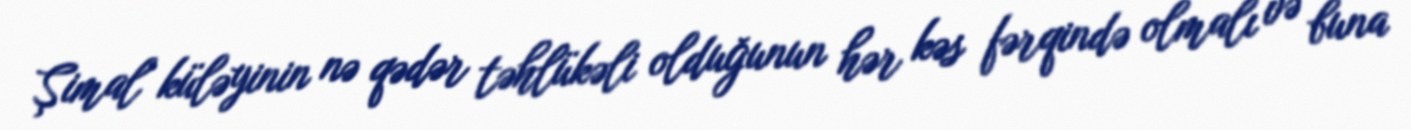
Şimal küləyinin nə qədər təhlükəli olduğunun hər kəs fərqində olmalı və buna